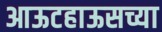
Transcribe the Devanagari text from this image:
आऊटहाऊसच्या